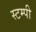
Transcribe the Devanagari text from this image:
स्टम्पी